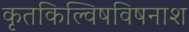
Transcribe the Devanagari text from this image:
कृतकिल्विषविषनाश